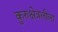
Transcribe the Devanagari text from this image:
कुरुक्षेत्रलीला